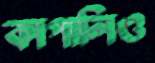
কাপালিও